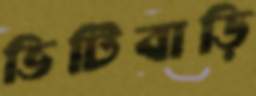
ভিটিবাড়ি